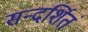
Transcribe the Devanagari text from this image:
सन्दर्शितं